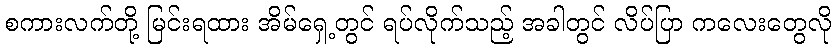
စကားလက်တို့ မြင်းရထား အိမ်ရှေ့တွင် ရပ်လိုက်သည့် အခါတွင် လိပ်ပြာ ကလေးတွေလို